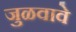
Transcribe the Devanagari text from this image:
जुळवावे